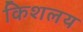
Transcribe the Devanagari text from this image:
किशलय